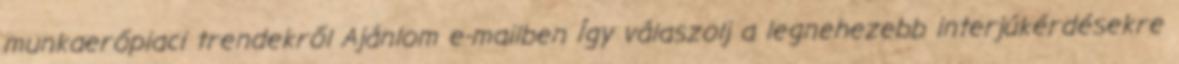
munkaerőpiaci trendekről Ajánlom e-mailben Így válaszolj a legnehezebb interjúkérdésekre